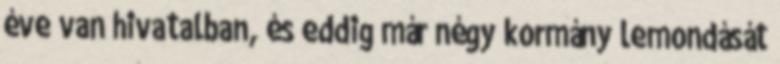
éve van hivatalban, és eddig már négy kormány lemondását